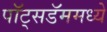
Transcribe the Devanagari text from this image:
पॉट्सडॅममध्ये